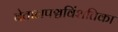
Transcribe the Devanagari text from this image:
बेतालपञ्चविंशतिका